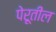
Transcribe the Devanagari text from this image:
पेरूतील